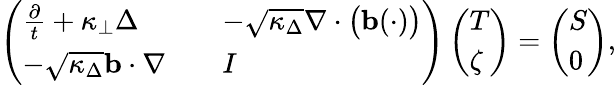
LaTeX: \left(\begin{array}{lll}{\frac{\partial}{t}+\kappa_{\perp}\Delta}&&{-\sqrt{\kappa_{\Delta}}\nabla\cdot\big(\mathbf{b}(\cdot)\big)}\\ {-\sqrt{\kappa_{\Delta}}\mathbf{b}\cdot\nabla}&&{I}\end{array}\right)\left(\begin{array}{l}{T}\\ {\zeta}\end{array}\right)=\left(\begin{array}{l}{S}\\ {0}\end{array}\right),